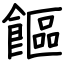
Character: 饇